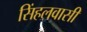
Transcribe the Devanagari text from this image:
सिंहलवासी